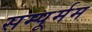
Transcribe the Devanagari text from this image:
सम्पूर्मम